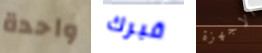
واحدة قبرك الاجهزة